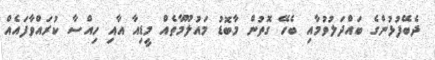
ދެބޭފުޅުންގެ ބައްދަލުވުމާއި ބެހޭ ގޮތުން މާބޮޑު މައުލޫމާތެއް މީޑިއާ އާއި ހިއްސާ ކުރައްވާފައެއް